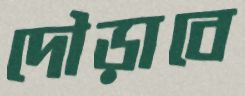
দৌড়াবে